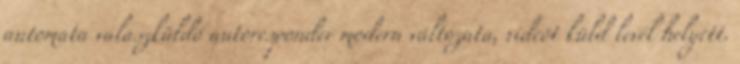
automata válaszküldő autoresponder modern változata, videót küld levél helyett.